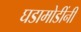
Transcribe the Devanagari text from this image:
घडामोडींनी